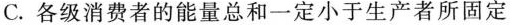
C.各级消费者的能量总和一定小于生产者所固定